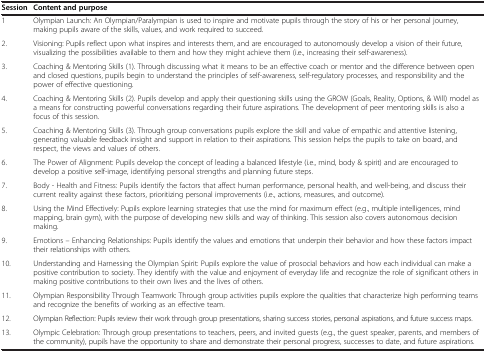
| Session | Content and purpose |
 | --- | --- |
 | 1 | Olympian Launch: An Olympian/Paralympian is used to inspire and motivate pupils through the story of his or her personal journey, making pupils aware of the skills, values, and work required to succeed. |
 | 2. | Visioning: Pupils reflect upon what inspires and interests them, and are encouraged to autonomously develop a vision of their future, visualizing the possibilities available to them and how they might achieve them (i.e., increasing their self-awareness). |
 | 3. | Coaching & Mentoring Skills (1). Through discussing what it means to be an effective coach or mentor and the difference between open and closed questions, pupils begin to understand the principles of self-awareness, self-regulatory processes, and responsibility and the power of effective questioning. |
 | 4. | Coaching & Mentoring Skills (2). Pupils develop and apply their questioning skills using the GROW (Goals, Reality, Options, & Will) model as a means for constructing powerful conversations regarding their future aspirations. The development of peer mentoring skills is also a focus of this session. |
 | 5. | Coaching & Mentoring Skills (3). Through group conversations pupils explore the skill and value of empathic and attentive listening, generating valuable feedback insight and support in relation to their aspirations. This session helps the pupils to take on board, and respect, the views and values of others. |
 | 6. | The Power of Alignment: Pupils develop the concept of leading a balanced lifestyle (i.e., mind, body & spirit) and are encouraged to develop a positive self-image, identifying personal strengths and planning future steps. |
 | 7. | Body - Health and Fitness: Pupils identify the factors that affect human performance, personal health, and well-being, and discuss their current reality against these factors, prioritizing personal improvements (i.e., actions, measures, and outcome). |
 | 8. | Using the Mind Effectively: Pupils explore learning strategies that use the mind for maximum effect (e.g., multiple intelligences, mind mapping, brain gym), with the purpose of developing new skills and way of thinking. This session also covers autonomous decision making. |
 | 9. | Emotions – Enhancing Relationships: Pupils identify the values and emotions that underpin their behavior and how these factors impact their relationships with others. |
 | 10. | Understanding and Harnessing the Olympian Spirit: Pupils explore the value of prosocial behaviors and how each individual can make a positive contribution to society. They identify with the value and enjoyment of everyday life and recognize the role of significant others in making positive contributions to their own lives and the lives of others. |
 | 11. | Olympian Responsibility Through Teamwork: Through group activities pupils explore the qualities that characterize high performing teams and recognize the benefits of working as an effective team. |
 | 12. | Olympian Reflection: Pupils review their work through group presentations, sharing success stories, personal aspirations, and future success maps. |
 | 13. | Olympic Celebration: Through group presentations to teachers, peers, and invited guests (e.g., the guest speaker, parents, and members of the community), pupils have the opportunity to share and demonstrate their personal progress, successes to date, and future aspirations. |